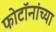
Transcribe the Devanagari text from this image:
फोटॉनांच्या